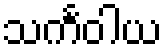
သင်္ကဝါယ